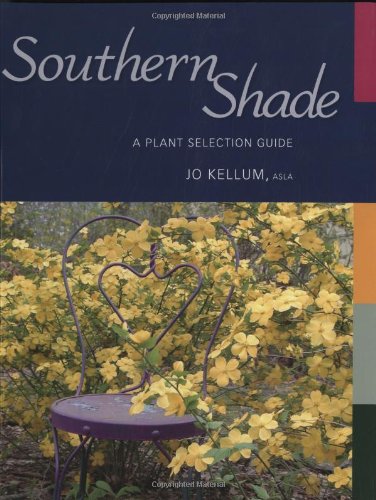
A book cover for Southern Shade: A Plant Selection Guide; Jo Kellum; Crafts, Hobbies & Home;